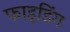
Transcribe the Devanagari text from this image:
फाइडिंग